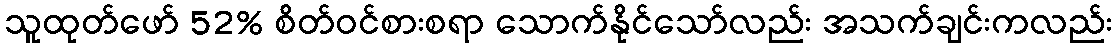
သူထုတ်ဖော် 52% စိတ်ဝင်စားစရာ သောက်နိုင်သော်လည်း အသက်ချင်းကလည်း